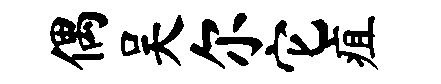
偶吴尔它疽